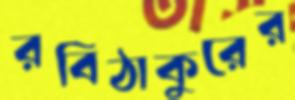
রবিঠাকুরের